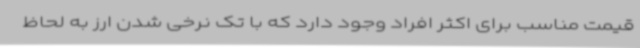
قیمت مناسب برای اکثر افراد وجود دارد که با تک نرخی شدن ارز به لحاظ